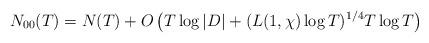
LaTeX: \begin{align*} N_{00}(T)=N(T)+O\left(T\log{|D|}+(L(1,\chi)\log{T})^{1/4}T\log{T}\right) \end{align*}